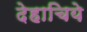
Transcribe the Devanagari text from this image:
देहाचिये